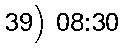
39) 08:30